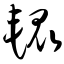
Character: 辊